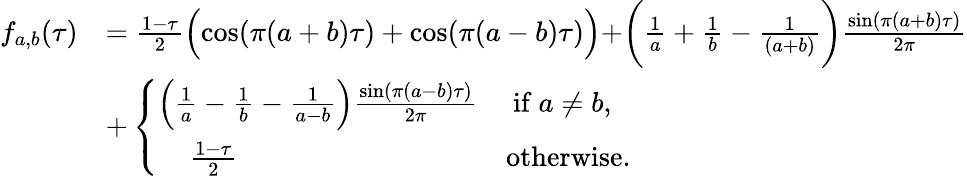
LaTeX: \begin{array}{rl}{f_{a,b}(\tau)}&{=\frac{1-\tau}{2}\Bigl(\cos(\pi(a+b)\tau)+\cos(\pi(a-b)\tau)\Bigr)+\biggr(\frac{1}{a}+\frac{1}{b}-\frac{1}{(a+b)}\biggr)\frac{\sin(\pi(a+b)\tau)}{2\pi}}\\ &{+\left\{ \begin{array}{ll}{\Bigl(\frac{1}{a}-\frac{1}{b}-\frac{1}{a-b}\Bigr)\frac{\sin(\pi(a-b)\tau)}{2\pi}}&{\mathrm{~if~}a\neq b,}\\ {\; \; \; \; \frac{1-\tau}{2}}&{\mathrm{otherwise.}}\end{array}\right.}\end{array}